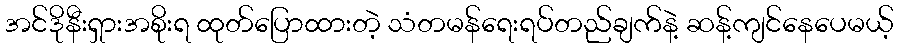
အင်ဒိုနီးရှားအစိုးရ ထုတ်ပြောထားတဲ့ သံတမန်ရေးရပ်တည်ချက်နဲ့ ဆန့်ကျင်နေပေမယ့်